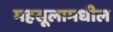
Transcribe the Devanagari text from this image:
महसूलामधील